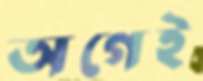
অগেই